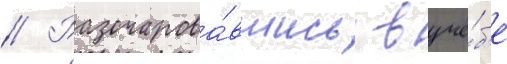
// Разочарова́вшись в учё́б'е